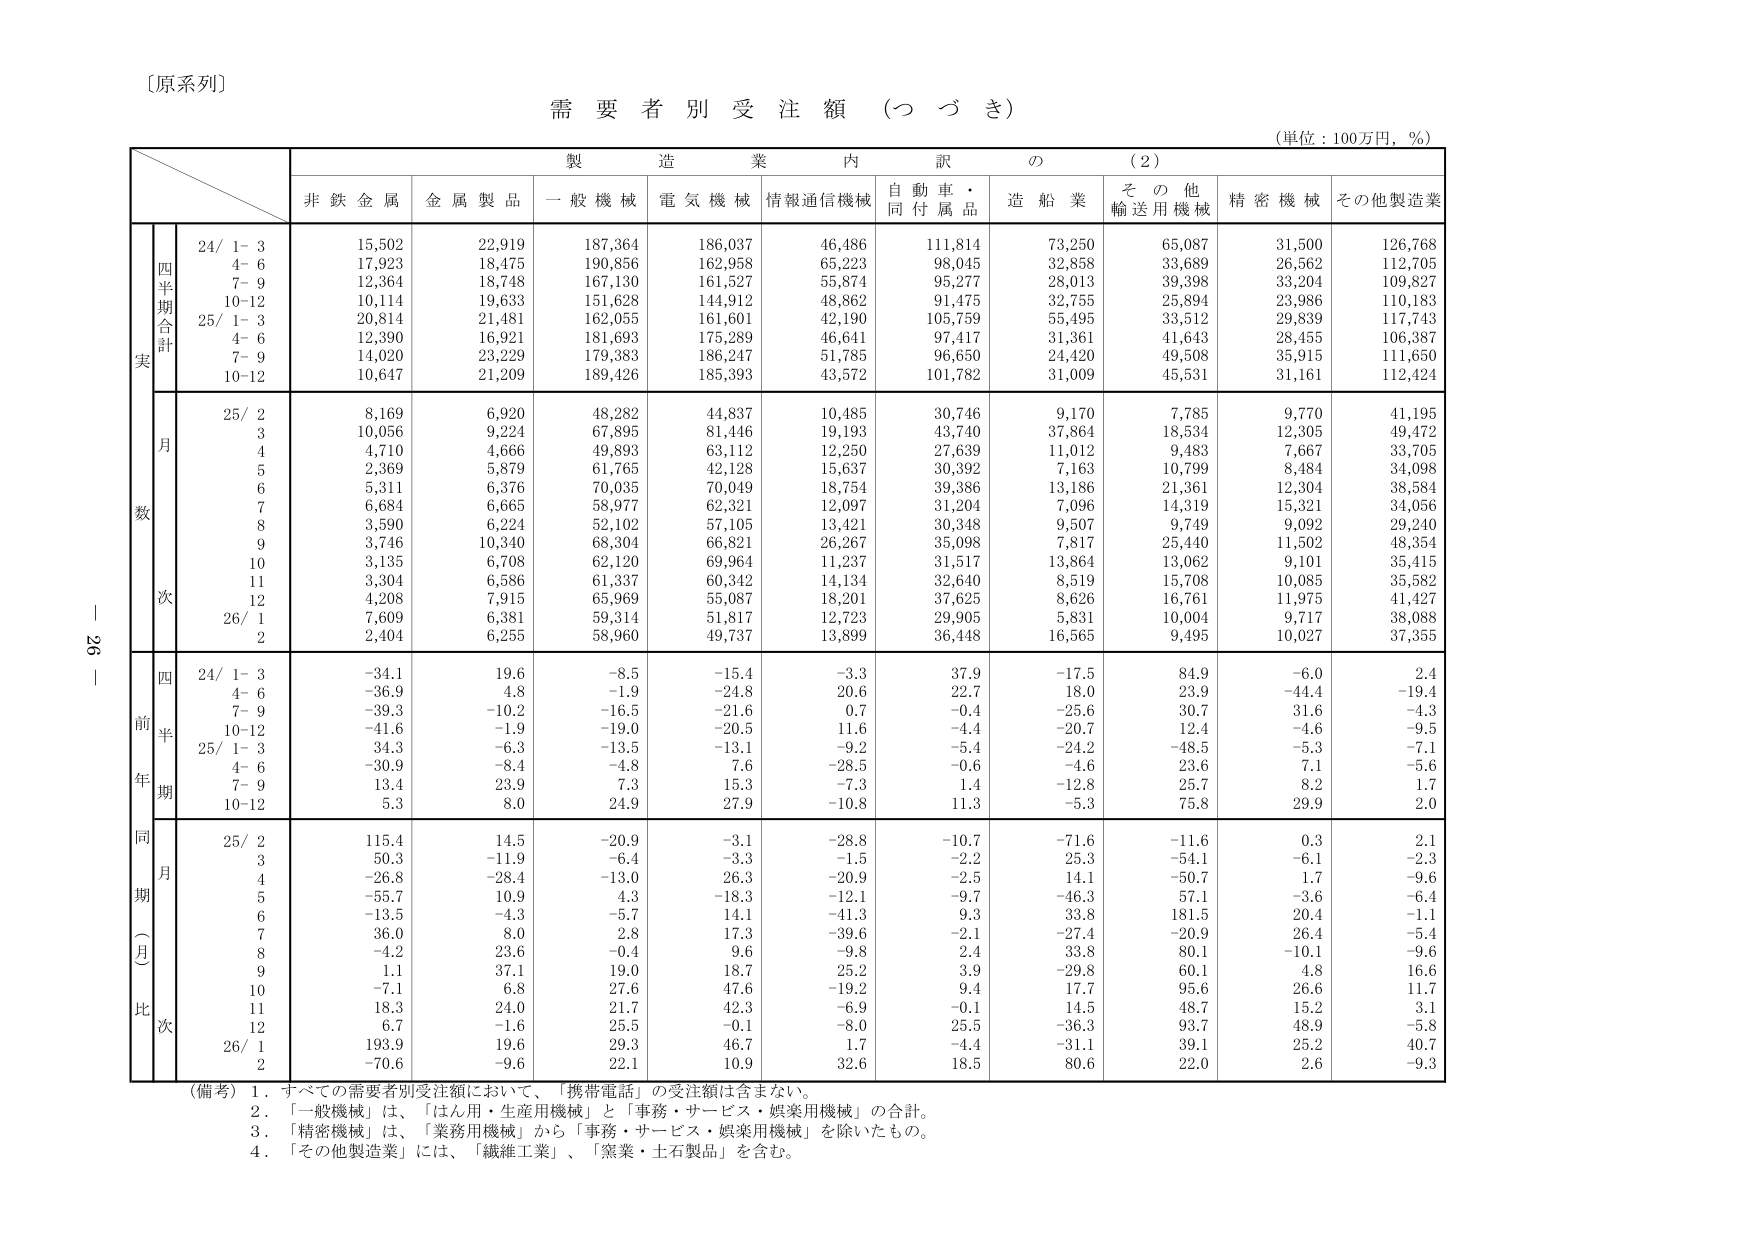
〔原系列〕

需要者別受注額（つづき）

（単位：100万円，％）

製造業内訳の（2）

非鉄金属　金属製品　一般機械　電気機械　情報通信機械　自動車・同付属品　造船業　その他輸送用機械　精密機械　その他製造業

四半期合計
実数
24/ 1-3　15,502　22,919　187,364　186,037　46,486　111,814　73,250　65,087　31,500　126,768
　　4-6　17,923　18,475　190,856　162,958　65,223　98,045　32,858　33,689　26,562　112,705
　　7-9　12,364　18,748　167,130　161,527　55,874　95,277　28,013　39,398　33,204　109,827
　　10-12　10,114　19,633　151,628　144,912　48,862　91,475　32,755　25,894　23,986　110,183
25/ 1-3　20,814　21,481　162,055　161,601　42,190　105,759　55,495　33,512　29,839　117,743
　　4-6　12,390　16,921　181,693　175,289　46,641　97,417　31,361　41,643　28,455　106,387
　　7-9　14,020　23,229　179,383　186,247　51,785　96,650　24,420　49,508　35,915　111,650
　　10-12　10,647　21,209　189,426　185,393　43,572　101,782　31,009　45,531　31,161　112,424

月次
25/ 2　8,169　6,920　48,282　44,837　10,485　30,746　9,170　7,785　9,770　41,195
　　3　10,056　9,224　67,895　81,446　19,193　43,740　37,864　18,534　12,305　49,472
　　4　4,710　4,666　49,893　63,112　12,250　27,639　11,012　9,483　7,667　33,705
　　5　2,369　5,879　61,765　42,128　15,637　30,392　7,163　10,799　8,484　34,098
　　6　5,311　6,376　70,035　70,049　18,754　39,386　13,186　21,361　12,304　38,584
　　7　6,684　6,665　58,977　62,321　12,097　31,204　7,096　14,319　15,321　34,056
　　8　3,590　6,224　52,102　57,105　13,421　30,348　9,507　9,749　9,092　29,240
　　9　3,746　10,340　68,304　66,821　26,267　35,098　7,817　25,440　11,502　48,354
　　10　3,135　6,708　62,120　69,964　11,237　31,517　13,864　13,062　9,101　35,415
　　11　3,304　6,586　61,337　60,342　14,134　32,640　8,519　15,708　10,085　35,582
　　12　4,208　7,915　65,969　55,087　18,201　37,625　8,626　16,761　11,975　41,427
26/ 1　7,609　6,381　59,314　51,817　12,723　29,905　5,831　10,004　9,717　38,088
　　2　2,404　6,255　58,960　49,737　13,899　36,448　16,565　9,495　10,027　37,355

四半期
前年比
24/ 1-3　-34.1　19.6　-8.5　-15.4　-3.3　37.9　-17.5　84.9　-6.0　2.4
　　4-6　-36.9　4.8　-1.9　-24.8　20.6　22.7　18.0　23.9　-44.4　-19.4
　　7-9　-39.3　-10.2　-16.5　-21.6　0.7　-0.4　-25.6　30.7　31.6　-4.3
　　10-12　-41.6　-1.9　-19.0　-20.5　11.6　-4.4　-20.7　12.4　-4.6　-9.5
25/ 1-3　34.3　-6.3　-13.5　-13.1　-9.2　-5.4　-24.2　-48.5　-5.3　-7.1
　　4-6　-30.9　-8.4　-4.8　7.6　-28.5　-0.6　-4.6　23.6　7.1　-5.6
　　7-9　13.4　23.9　7.3　15.3　-7.3　1.4　-12.8　25.7　8.2　1.7
　　10-12　5.3　8.0　24.9　27.9　-10.8　11.3　-5.3　75.8　29.9　2.0

同期（月）比
25/ 2　115.4　14.5　-20.9　-3.1　-28.8　-10.7　-71.6　-11.6　0.3　2.1
　　3　50.3　-11.9　-6.4　-3.3　-1.5　-2.2　25.3　-54.1　-6.1　-2.3
　　4　-26.8　-28.4　-13.0　26.3　-20.9　-2.5　14.1　-50.7　1.7　-9.6
　　5　-55.7　10.9　4.3　-18.3　-12.1　-9.7　-46.3　57.1　-3.6　-6.4
　　6　-13.5　-4.3　-5.7　14.1　-41.3　9.3　33.8　181.5　20.4　-1.1
　　7　36.0　8.0　2.8　17.3　-39.6　-2.1　-27.4　-20.9　26.4　-5.4
　　8　-4.2　23.6　-0.4　9.6　-9.8　2.4　33.8　80.1　-10.1　-9.6
　　9　1.1　37.1　19.0　18.7　25.2　3.9　-29.8　60.1　4.8　16.6
　　10　-7.1　6.8　27.6　47.6　-19.2　9.4　17.7　95.6　26.6　11.7
　　11　18.3　24.0　21.7　42.3　-6.9　-0.1　14.5　48.7　15.2　3.1
　　12　6.7　-1.6　25.5　-0.1　-8.0　25.5　-36.3　93.7　48.9　-5.8
26/ 1　193.9　19.6　29.3　46.7　1.7　-4.4　-31.1　39.1　25.2　40.7
　　2　-70.6　-9.6　22.1　10.9　32.6　18.5　80.6　22.0　2.6　-9.3

（備考）1．すべての需要者別受注額において、「携帯電話」の受注額は含まない。
　　　2．「一般機械」は、「はん用・生産用機械」と「事務・サービス・娯楽用機械」の合計。
　　　3．「精密機械」は、「業務用機械」から「事務・サービス・娯楽用機械」を除いたもの。
　　　4．「その他製造業」には、「繊維工業」、「窯業・土石製品」を含む。

－26－